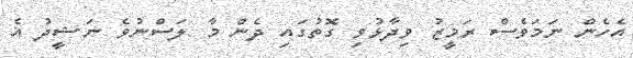
އެހެން ނަމަވެސް ރަމީޒު ވިދާޅުވި ގޮތުގައި ދެން މާ ލަސްނުވެ ނަޝީދު އެ